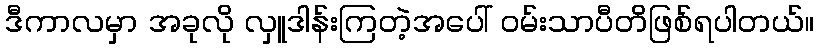
ဒီကာလမှာ အခုလို လှူဒါန်းကြတဲ့အပေါ် ဝမ်းသာပီတိဖြစ်ရပါတယ်။